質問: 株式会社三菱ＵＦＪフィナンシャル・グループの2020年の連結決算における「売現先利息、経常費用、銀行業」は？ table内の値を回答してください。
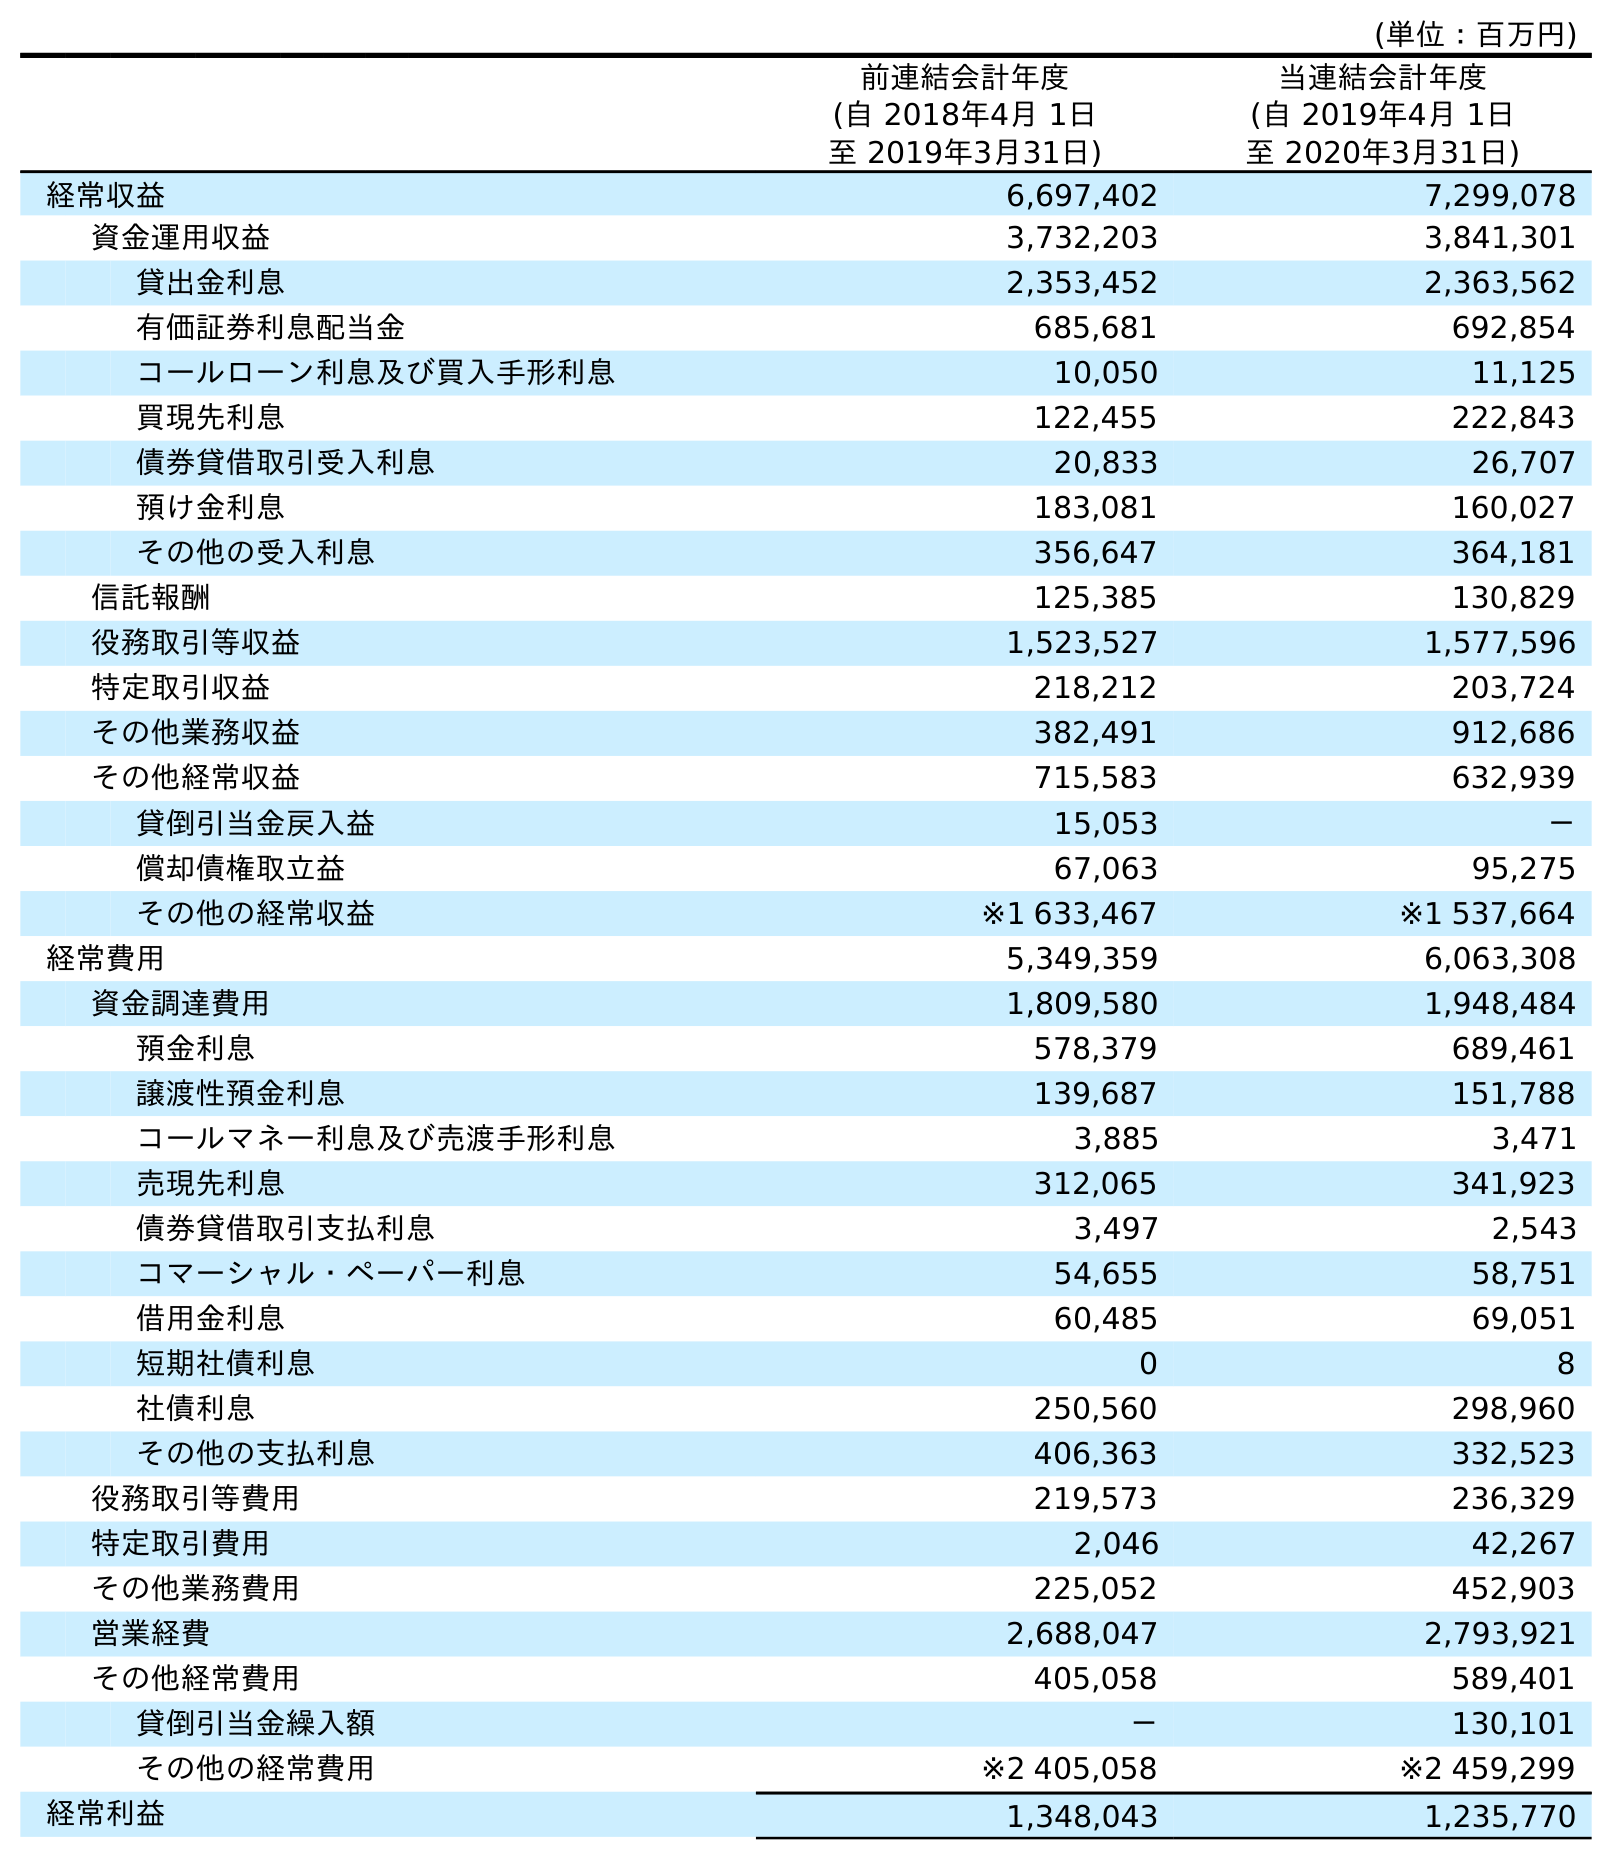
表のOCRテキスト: (単位：百万円) 前連結会計年度 (自 2018年4月 1日 至 2019年3月31日) 当連結会計年度 (自 2019年4月 1日 至 2020年3月31日) 経常収益 6,697,402 7,299,078 資金運用収益 3,732,203 3,841,301 貸出金利息 2,353,452 2,363,562 有価証券利息配当金 685,681 692,854 コールローン利息及び買入手形利息 10,050 11,125 買現先利息 122,455 222,843 債券貸借取引受入利息 20,833 26,707 預け金利息 183,081 160,027 その他の受入利息 356,647 364,181 信託報酬 125,385 130,829 役務取引等収益 1,523,527 1,577,596 特定取引収益 218,212 203,724 その他業務収益 382,491 912,686 その他経常収益 715,583 632,939 貸倒引当金戻入益 15,053 － 償却債権取立益 67,063 95,275 その他の経常収益 ※1 633,467 ※1 537,664 経常費用 5,349,359 6,063,308 資金調達費用 1,809,580 1,948,484 預金利息 578,379 689,461 譲渡性預金利息 139,687 151,788 コールマネー利息及び売渡手形利息 3,885 3,471 売現先利息 312,065 341,923 債券貸借取引支払利息 3,497 2,543 コマーシャル・ペーパー利息 54,655 58,751 借用金利息 60,485 69,051 短期社債利息 0 8 社債利息 250,560 298,960 その他の支払利息 406,363 332,523 役務取引等費用 219,573 236,329 特定取引費用 2,046 42,267 その他業務費用 225,052 452,903 営業経費 2,688,047 2,793,921 その他経常費用 405,058 589,401 貸倒引当金繰入額 － 130,101 その他の経常費用 ※2 405,058 ※2 459,299 経常利益 1,348,043 1,235,770
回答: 341,923